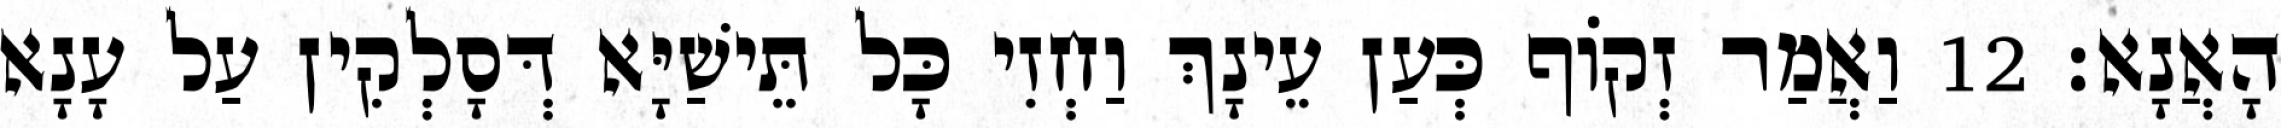
הָאֲנָא׃ 12 וַאֲמַר זְקוֹף כְּעַן עֵינָךְ וַחְזִי כָּל תֵּישַׁיָּא דְּסָלְקִין עַל עָנָא